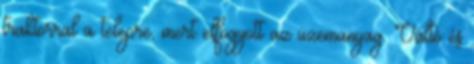
traktorral a telepre, mert elfogyott az üzemanyag. Váltó és